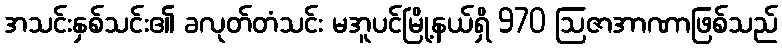
အသင်းနှစ်သင်း၏ ခလုတ်တံသင်း မအူပင်မြို့နယ်ရှိ 970 ဩဇာအာဏာဖြစ်သည်